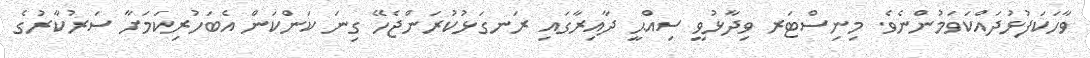
ވާހަކަފުޅުދައްކަވަމުންނެވެ. މިނިސްޓަރ ވިދާޅުވީ ސިއްޙީ ދާއިރާގައި ރަނގަޅުކުރަންޖެހޭ ގިނަ ކަންކަން އެބަހުރިކަމަށާ ސަރުކާރުގެ